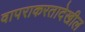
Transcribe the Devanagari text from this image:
वापराकरतादेखील